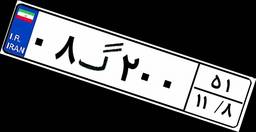
۰۸گ۲۰۰۵۱